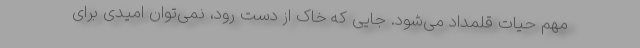
مهم حیات قلمداد می‌شود. جایی که خاک از دست رود، نمی‌توان امیدی برای